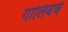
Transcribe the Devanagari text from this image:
गालिबचे